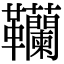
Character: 韊